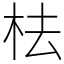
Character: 㭕